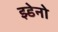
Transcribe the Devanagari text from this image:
झ्डेनो